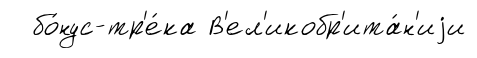
бо́нус-тр'е́ка В'ел'икобр'ита́н'иjи